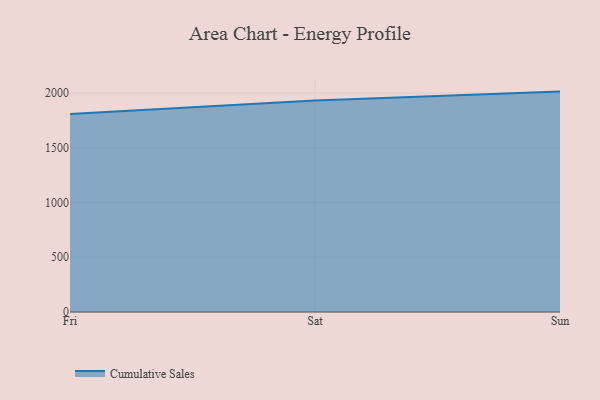
{"axis": {"x": "Day", "y": "Satisfaction Score"}, "legend": ["Cumulative Sales"], "data": [{"x": "Fri", "y": 1808.9, "type": "Cumulative Sales"}, {"x": "Sat", "y": 1932.6, "type": "Cumulative Sales"}, {"x": "Sun", "y": 2013.4, "type": "Cumulative Sales"}]}